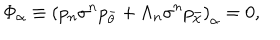
LaTeX: \Phi _ { \alpha } \equiv { ( p _ { n } \sigma ^ { n } p _ { \bar { \theta } } + \Lambda _ { n } \sigma ^ { n } p _ { \bar { \chi } } ) } _ { \alpha } = 0 ,